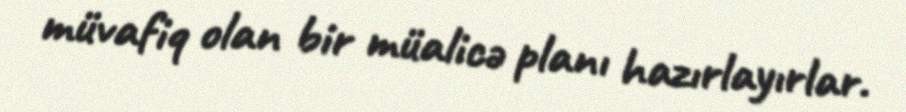
müvafiq olan bir müalicə planı hazırlayırlar.